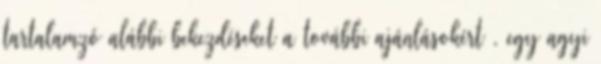
tartalamzó alábbi bekezdéseket a további ajánlásokért , egy agyi